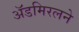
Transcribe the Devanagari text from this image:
ॲडमिरलने